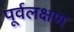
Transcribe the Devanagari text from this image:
पूर्वलक्षण